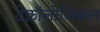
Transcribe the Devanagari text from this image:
टेक्नॉलोजिकल